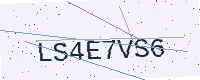
Text: LS4E7VS6